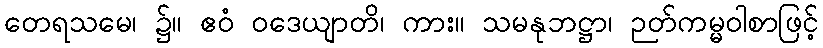
တေရသမေ၊ ၌။ ဧဝံ ဝဒေယျာတိ၊ ကား။ သမနုဘဋ္ဌာ၊ ဉတ်ကမ္မဝါစာဖြင့်